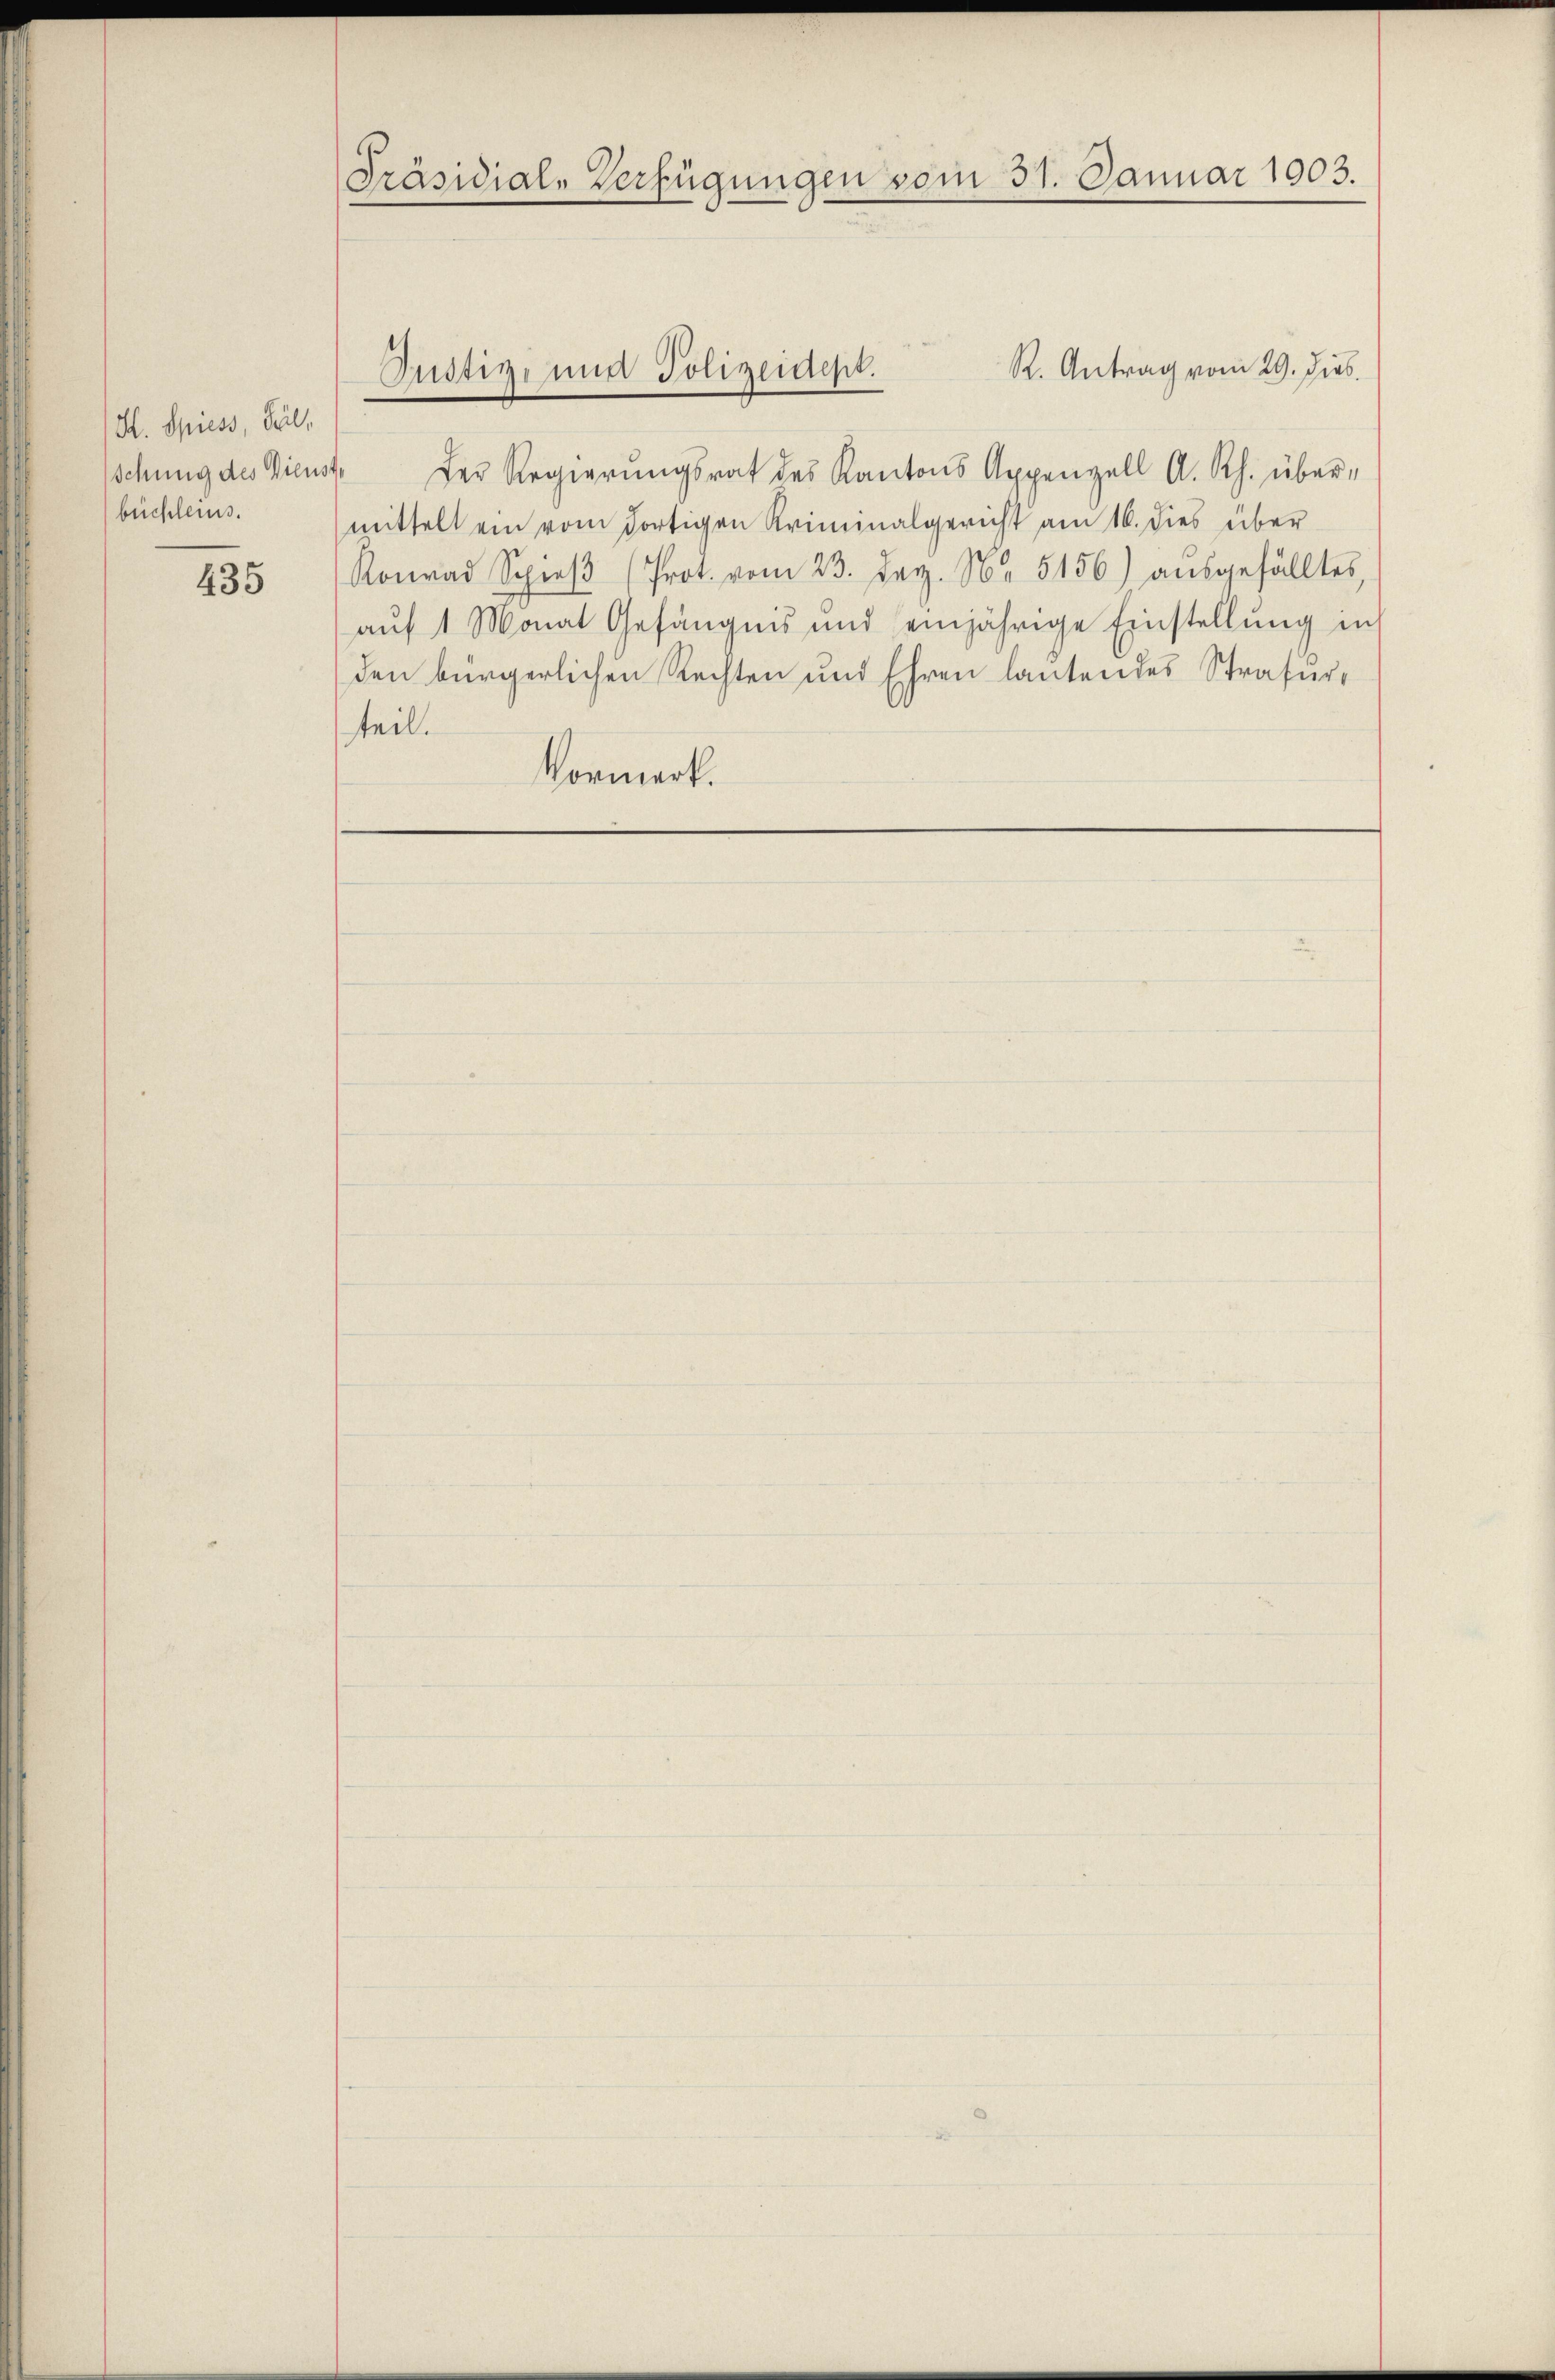
H. Spiess, Teil,
schung des Dienst
büchleins.

435

Präsidial-Verfügungen vom 31. Januar 1903.

R. Antrag vom 29. Jus
" Der Regierungsrat des Kantons Appenzell A. Rh. übermittelt ein vom dortigen Kriminalgericht am 16. dies über
Konrad Spieβ (Prot. vom 23. Dez. Nr. 5156) aŭsgefälltes,
aŭf 1 Monat Gefängnis und einjährige Einstellŭng in
den bürgerlichen Rechten und Ehren lautendes Strafurteil.
Vormerk.

Justiz- und Polizeidept.